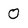
Character: 0